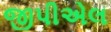
જીપીએલ